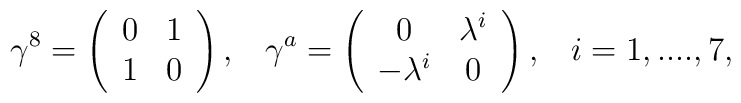
\gamma^{8}=\left(\begin{array}{cc}0 & 1\\ 1 & 0 \end{array}\right),\;\;\;\gamma^{a}=\left(\begin{array}{cc}0 & \lambda^{i}\\ -\lambda^{i} & 0 \end{array}\right),\;\;\;i=1,....,7,